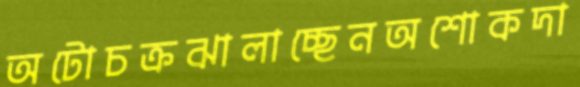
অটোচক্রঝালাচ্ছেনঅশোকদা